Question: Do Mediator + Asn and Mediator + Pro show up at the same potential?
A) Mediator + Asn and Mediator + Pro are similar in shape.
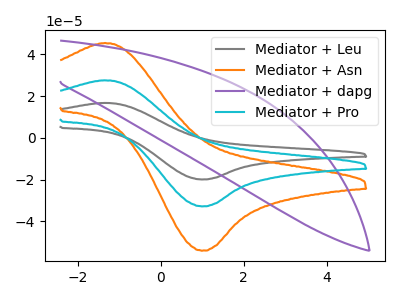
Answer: <think>The gray curve "Mediator + Leu" has an anodic peak at (-1.35V, 55.10uA) and a cathodic peak at (0.95V, -65.55uA). The orange curve "Mediator + Asn" has an anodic peak at (-1.35V, 45.40uA) and a cathodic peak at (0.95V, -54.00uA). The purple curve "Mediator + dapg" has no peaks. The cyan curve "Mediator + Pro" has an anodic peak at (-1.35V, 27.55uA) and a cathodic peak at (0.95V, -32.75uA).
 All the peaks in "Mediator + Asn" have a peak in "Mediator + Pro" at the same potential. Every peak in "Mediator + Asn" is higher than every peak in "Mediator + Pro".</think>
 <answer>A) "Mediator + Asn" and "Mediator + Pro" are similar in shape.</answer>
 <eval>A</eval>